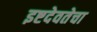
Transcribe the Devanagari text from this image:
इष्टदेवतेचा